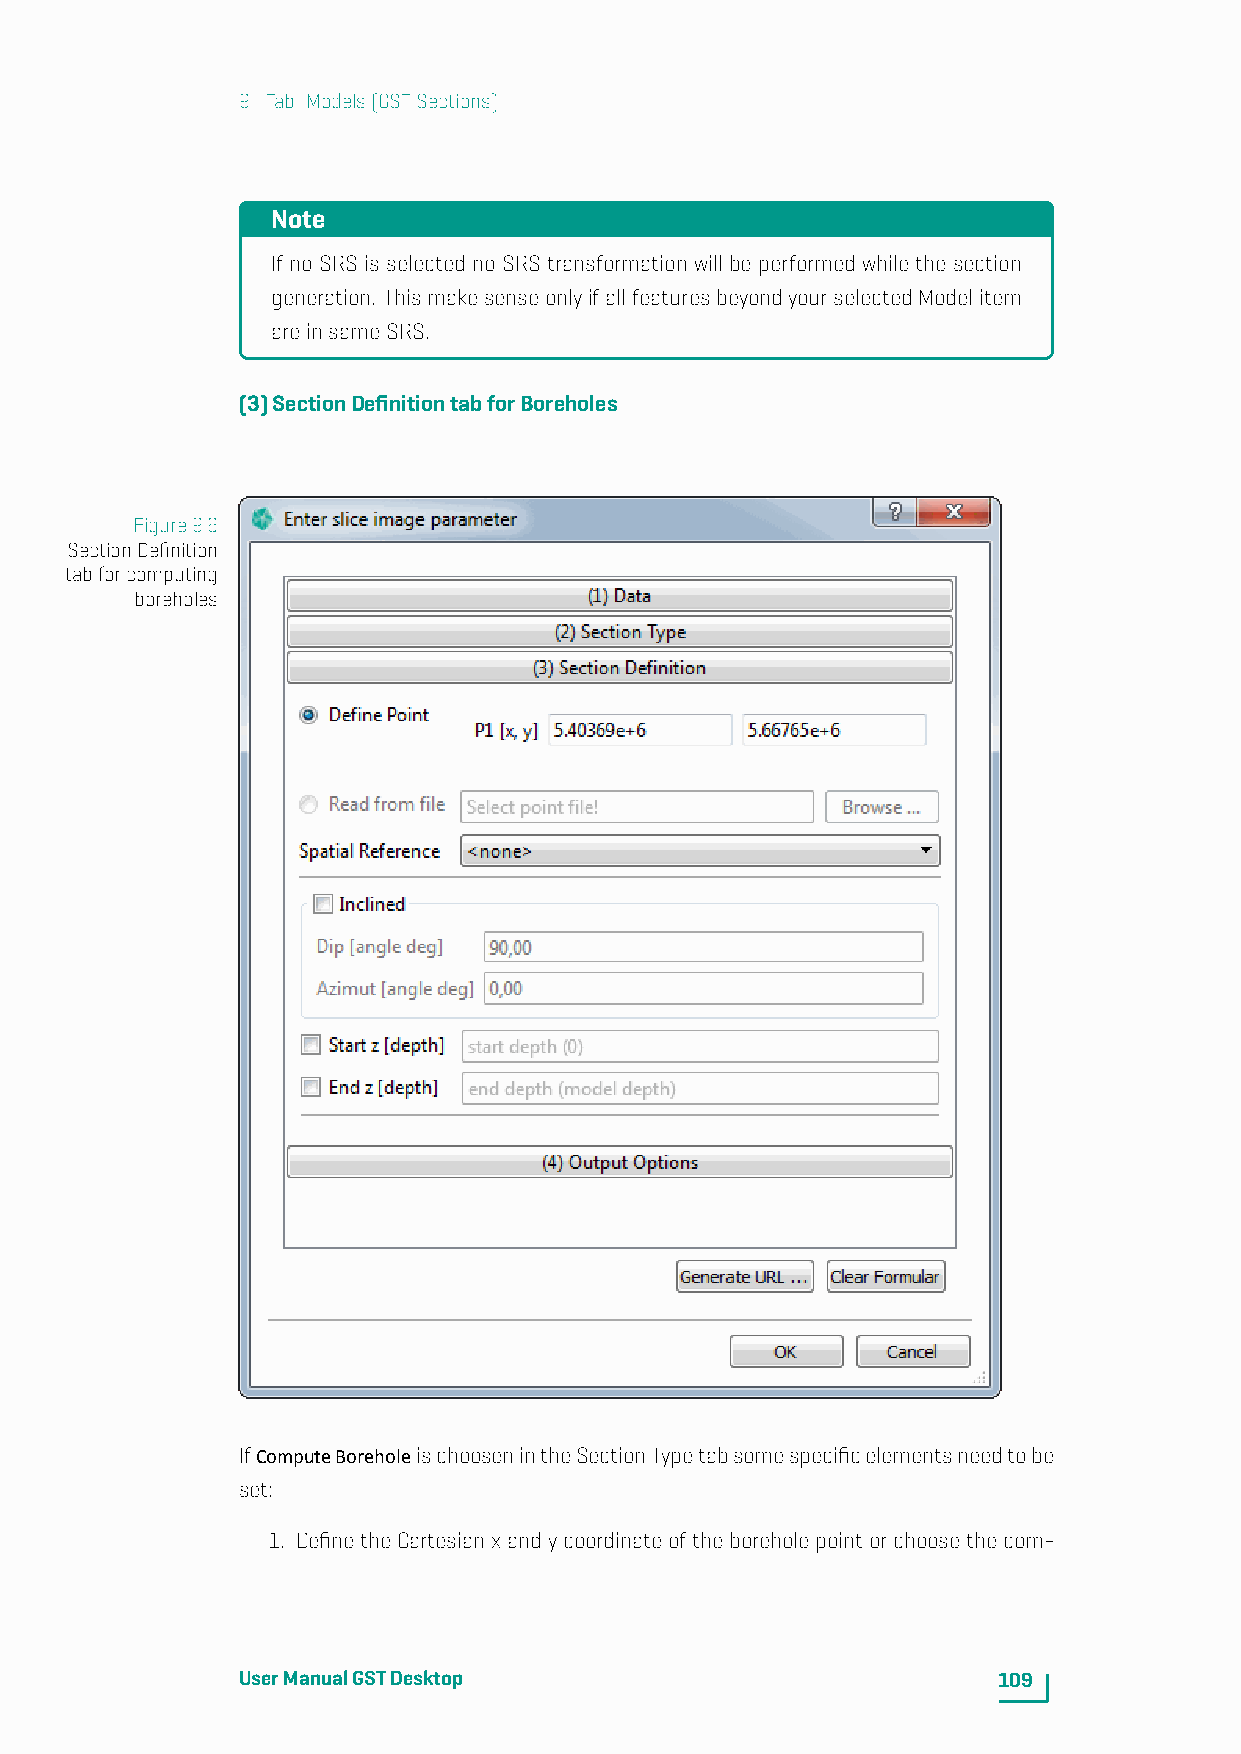
9. Tab: Models(GSTSections)
 Note
 If no SRS is selected no SRS transformation will be performed while the section
 generation. ThismakesenseonlyifallfeaturesbeyondyourselectedModelitem
 areinsameSRS.
 (3)SectionDefinitiontabforBoreholes
 Figure9.6
 SectionDefinition
 tabforcomputing
 boreholes
 IfComputeBoreholeischoosenintheSectionTypetabsomespecificelementsneedtobe
 set:
 1. DefinetheCartesianxandycoordinateoftheboreholepointorchoosethecom-
 UserManualGSTDesktop                              109